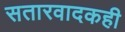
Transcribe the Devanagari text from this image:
सतारवादकही